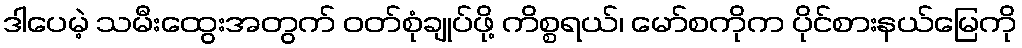
ဒါပေမဲ့ သမီးထွေးအတွက် ဝတ်စုံချုပ်ဖို့ ကိစ္စရယ်၊ မော်စကိုက ပိုင်စားနယ်မြေကို